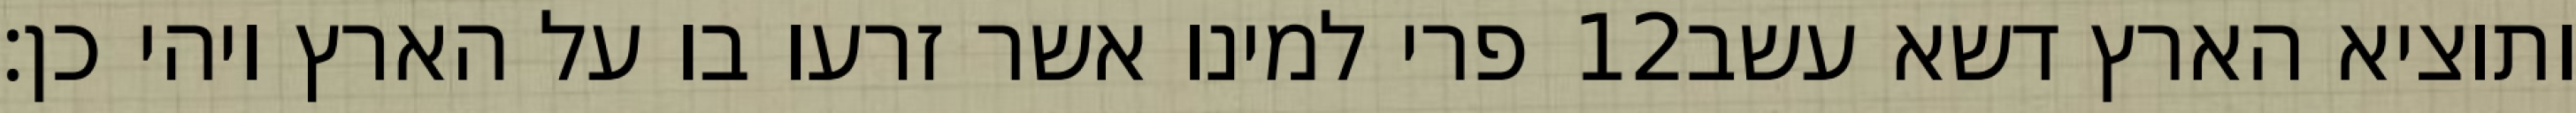
פרי למינו אשר זרעו בו על הארץ ויהי כן׃ ‎12‏ ותוציא הארץ דשא עשב